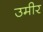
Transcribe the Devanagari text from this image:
उमीर